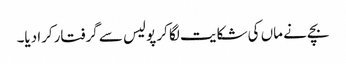
بچے نے ماں کی شکایت لگا کر پولیس سے گرفتارکرا دیا۔